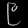
Digit: ၉